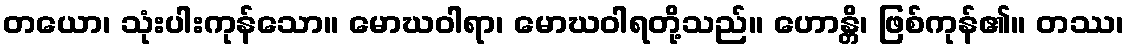
တယော၊ သုံးပါးကုန်သော။ မောဃဝါရာ၊ မောဃဝါရတို့သည်။ ဟောန္တိ၊ ဖြစ်ကုန်၏။ တဿ၊